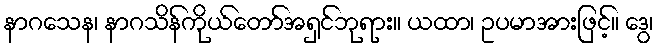
နာဂသေန၊ နာဂသိန်ကိုယ်တော်အရှင်ဘုရား။ ယထာ၊ ဥပမာအားဖြင့်။ ဒွေ၊